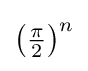
\left({\tfrac {\pi }{2}}\right)^{n}